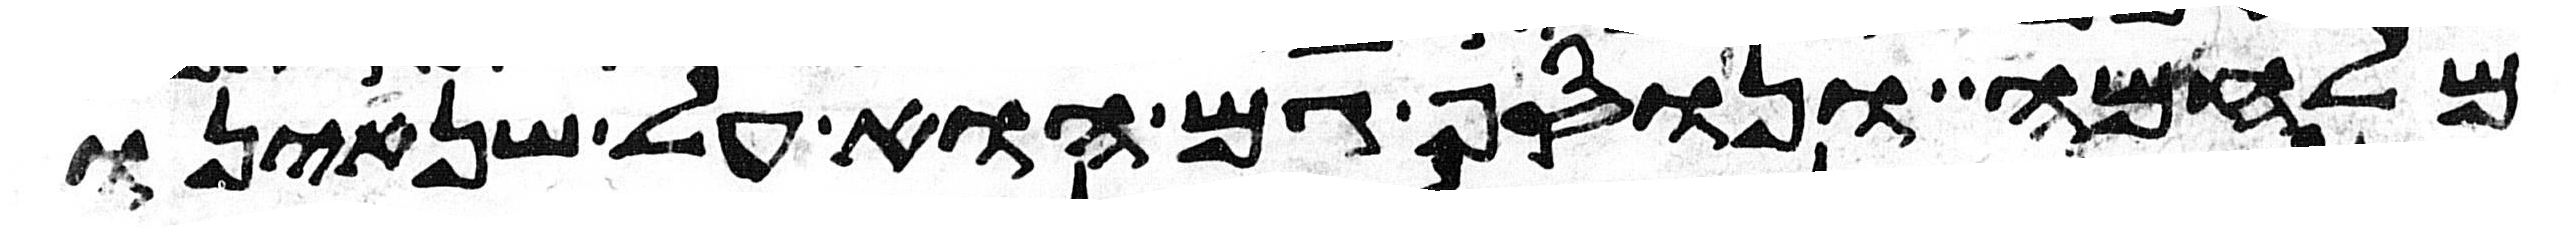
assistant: מלחמה ונוסף גם הוא על שנאינו